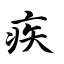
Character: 疾